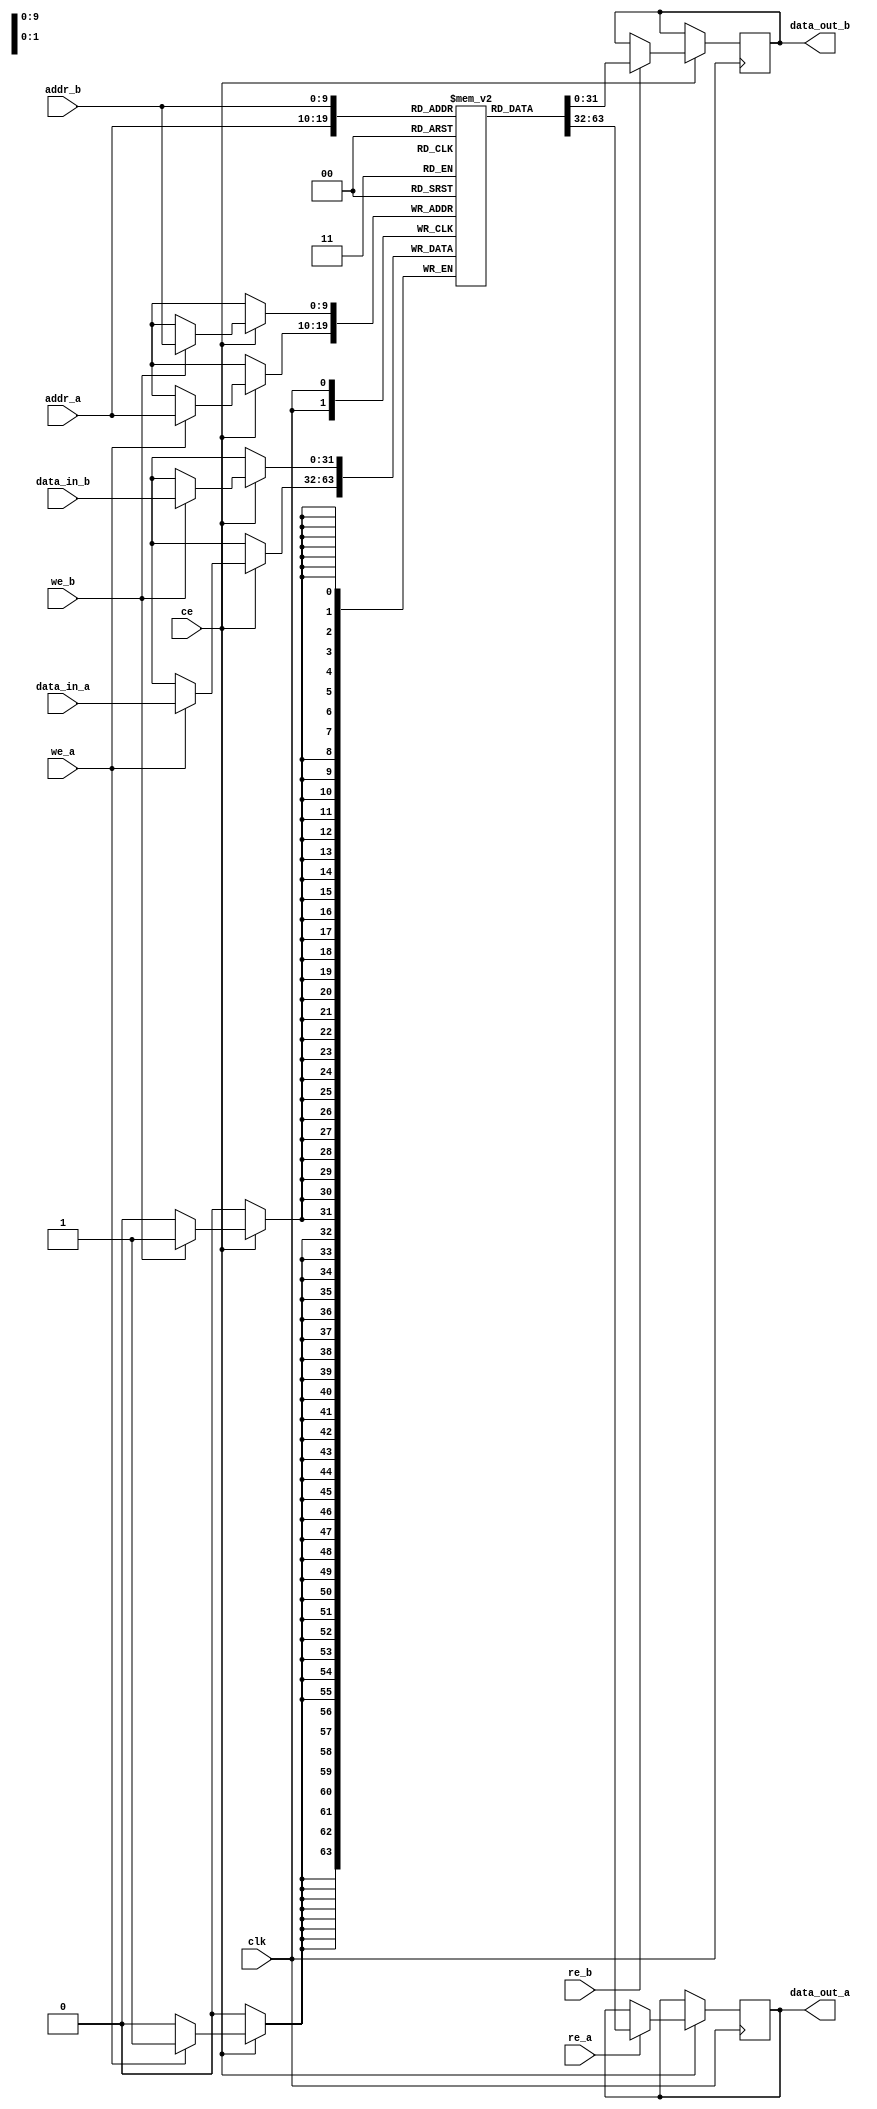
module dual_port_bram #(
    parameter ADDR_WIDTH = 10, // Address width (for 1024 words)
    parameter DATA_WIDTH = 32   // Data width (32 bits)
)(
    input wire clk,             // Clock signal
    input wire ce,              // Chip Enable
    input wire we_a,            // Write Enable for Port A
    input wire re_a,            // Read Enable for Port A
    input wire [ADDR_WIDTH-1:0] addr_a, // Address for Port A
    input wire [DATA_WIDTH-1:0] data_in_a, // Data input for Port A
    output reg [DATA_WIDTH-1:0] data_out_a, // Data output for Port A

    input wire we_b,            // Write Enable for Port B
    input wire re_b,            // Read Enable for Port B
    input wire [ADDR_WIDTH-1:0] addr_b, // Address for Port B
    input wire [DATA_WIDTH-1:0] data_in_b, // Data input for Port B
    output reg [DATA_WIDTH-1:0] data_out_b  // Data output for Port B
);

    // Memory array declaration
    reg [DATA_WIDTH-1:0] mem [(2**ADDR_WIDTH)-1:0];

    // Port A operations
    always @(posedge clk) begin
        if (ce) begin
            // Write operation for Port A
            if (we_a) begin
                mem[addr_a] <= data_in_a;
            end
            // Read operation for Port A
            if (re_a) begin
                data_out_a <= mem[addr_a];
            end
        end
    end

    // Port B operations
    always @(posedge clk) begin
        if (ce) begin
            // Write operation for Port B
            if (we_b) begin
                mem[addr_b] <= data_in_b;
            end
            // Read operation for Port B
            if (re_b) begin
                data_out_b <= mem[addr_b];
            end
        end
    end

endmodule